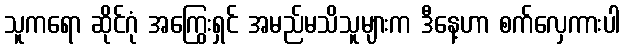
သူကရော ဆိုင်ဂုံ အကြွေးရှင် အမည်မသိသူများက ဒီနေ့ဟာ စက်လှေကားပါ